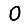
Digit: 0